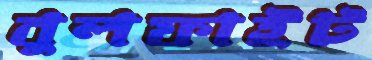
বুলফাইট